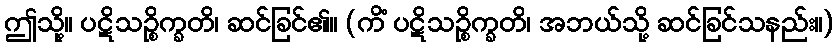
ဤသို့။ ပဋိသဉ္စိက္ခတိ၊ ဆင်ခြင်၏။ (ကိံ ပဋိသဉ္စိက္ခတိ၊ အဘယ်သို့ ဆင်ခြင်သနည်း။)